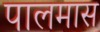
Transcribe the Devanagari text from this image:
पालमास